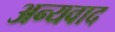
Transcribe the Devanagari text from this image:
अन्यवाद